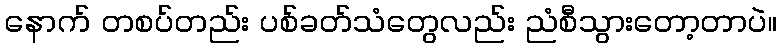
နောက် တစပ်တည်း ပစ်ခတ်သံတွေလည်း ညံစီသွားတော့တာပဲ။